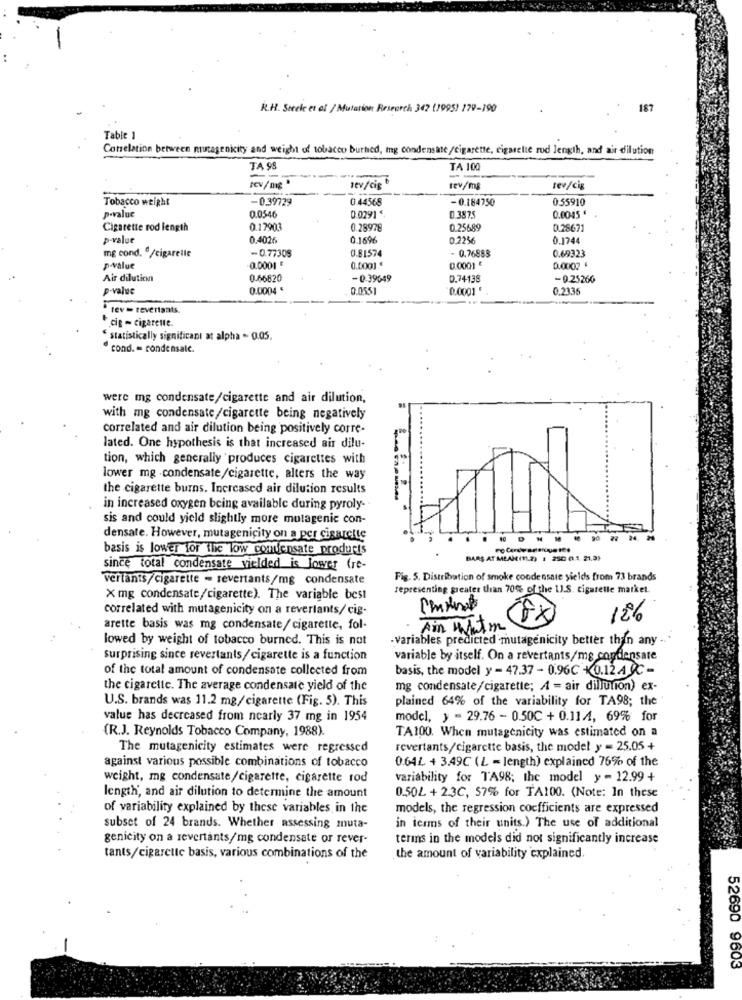
R.H. Steele et ot / Mutation Research 342 (1995) 179-190
187
Table 1
Correlation between mutagenicity and weight of tobacco burhed, ing condensate/cigarette, cigarette rod length, and air dilution
TA 98
TA 100
tev/cig
tev/mg
tev/cig
Tobacco weight
-0.39729
0.44568
-0.184750
0.55910
p-value
0.0546
D.387
0.0291 "
0.0045 "
Cigarette rod length
0.17903
0.28978
0.25689
0.28671
p-value
0.4026
0.1696
0.2256
0.1744
mg cond. º/cigarelle
-0.77308
0.69323
0.81574
- 0.76883
pvalue
0.0001 *
0.000] €
0.0001 €
0.0007 €
Air dilution
0-66820
- 0-39649
0.74138
-9.25260
p-value
0.0004
0.0551
0.0001 '
0.2335
tev = revertants.
cig - cigarette.
statistically significant at alpha - 0.05.
cond. = condensale.
were mg condensate/cigarette and air dilution,
with mg condensate/cigarette being negatively
correlated and air dilution being positively corre-
lated. One hypothesis is that increased air dilu-
tion, which generally produces cigarettes with
lower mg .condensate/cigarette, alters the way
the cigarette burns. Increased air dilution results
in increased oxygen being available during pyroly.
sis and could yield slightly more mutagenic con-
densate. However, mutageniçity on a per cigarette
24
basis is lower for the low condensate products
BARS AT MEAN(11.2) 1 250 0.1 21.3)
since total condensate vielded is Jower (re-
vertänts/cigarette - revertants/mg condensate
Fig. 5. Distribution of smoke condensate yields from 73 brands
representing greater than 70% of the 1J.S. cigarette market.
X mg condensate/cigarette). The variable best
correlated with mutagenicity on a reverlants/ cig-
12%
arette basis was mg condensate/cigarette, fol-
Ain Whatm
lowed by weight of tobacco burned. This is not
·Variables predicted mutagenicity better than any
surprising since revertants/cigarette is a function
variable by itself. On a revertants/mg condensate
of the total amount of condensate collected from
basis, the model y = 47.37 - 0.96C <0.12.4 -
the cigarette. The average condensate yield of the
mg condensate/cigarette; A = air dillution) ex-
U.S. brands was 11.2 mg/cigarette (Fig. 5). This
plained 64% of the variability for TA98; the '
value has decreased from nearly 37 mg in 1954
model, y = 29.76 - 0.50C + 0.11.4, 69% for
(R.J. Reynolds Tobacco Company, 1988).
TA100. When mutagenicity was estimated on a
The mutagenicity estimates were regressed
revertants/cigarette basis, the model y = 25.05 +
against various possible combinations of tobacco
0.64L + 3.49C (L = length) explained 76% of the
weight, mg condensate/cigarette, cigarette rod
variability for TA98; the model y - 12.99 +
length, and air dilution to determine the amount
0.50L + 2.3C, 57% for TA100. (Note: In these
of variability explained by these variables in the
models, the regression coefficients are expressed
in terms of their units.) The use of additional
subset of 24 brands. Whether assessing muta-
genicity on a revertants/mg condensate or rever-
terms in the models did not significantly increase
tants/cigarette basis, various combinations of the
the amount of variability explained.
52690 9603